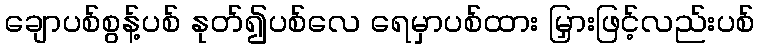
ချောပစ်စွန့်ပစ် နုတ်၍ပစ်လေ ရေမှာပစ်ထား မြှားဖြင့်လည်းပစ်